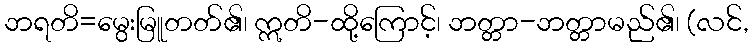
ဘရတိ=မွေးမြူတတ်၏၊ ဣတိ-ထို့ကြောင့်၊ ဘတ္တာ-ဘတ္တာမည်၏၊ (လင်,